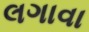
લગાવા